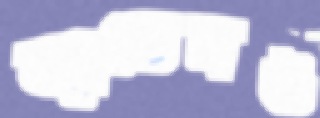
জুডেমঙ